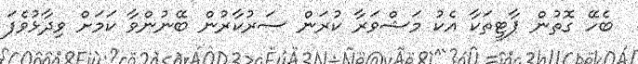
ބެހޭ ގޮތުން ޕާޓީތަކާ އެކު މަޝްވަރާ ކުރަން ސަރުކާރުން ބޭނުންވާ ކަމަށް ވިދާޅުވެފަ